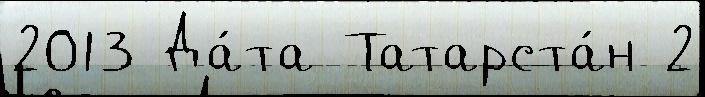
2013 Да́та Татарста́н 2